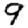
Digit: 9